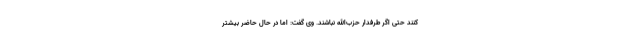
کنند حتی اگر طرفدار حزب‌الله نباشند. وی گفت: اما در حال حاضر بیشتر